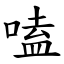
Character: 嗑